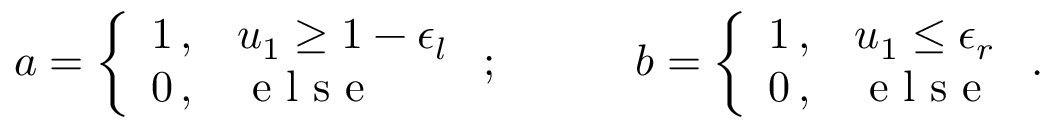
a = \left\{ \begin{array} { l l } { 1 \, , } & { u _ { 1 } \geq 1 - \epsilon _ { l } } \\ { 0 \, , } & { \mathrm { ~ e ~ l ~ s ~ e ~ } } \end{array} \right. ; \quad \quad \quad b = \left\{ \begin{array} { l l } { 1 \, , } & { u _ { 1 } \leq \epsilon _ { r } } \\ { 0 \, , } & { \mathrm { ~ e ~ l ~ s ~ e ~ } } \end{array} \right. .